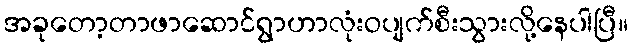
အခုတော့တာဖာဆောင်ရွာဟာလုံးဝပျက်စီးသွားလို့နေပါပြီ။